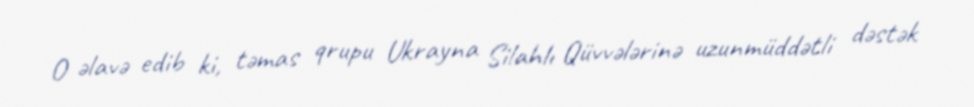
O əlavə edib ki, təmas qrupu Ukrayna Silahlı Qüvvələrinə uzunmüddətli dəstək